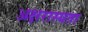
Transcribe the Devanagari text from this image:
अक्षरास्यता